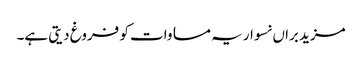
مزید براں نسوار یہ مساوات کو فروغ دیتی ہے۔